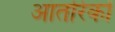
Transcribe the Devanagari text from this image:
आंतरिकों